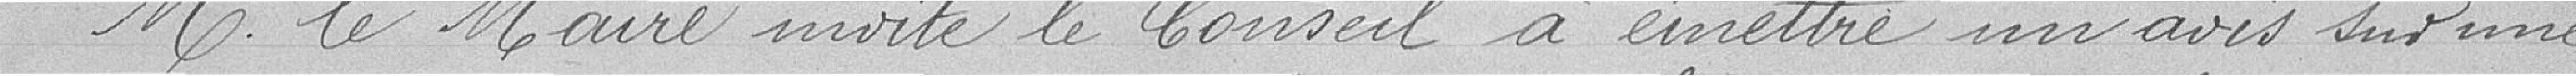
Monsieur le Maire invite le Conseil à émettre un avis sur une